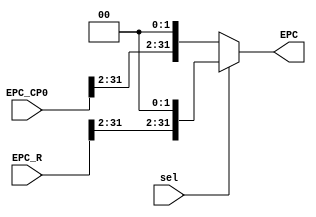
`timescale 1ns / 1ps
//////////////////////////////////////////////////////////////////////////////////
// Company: 
// Engineer: 
// 
// Design Name: 
// Module Name:    MFEPCM 
// Project Name: 
// Target Devices: 
// Tool versions: 
// Description: 
//
// Dependencies: 
//
// Revision: 
// Revision 0.01 - File Created
// Additional Comments: 
//
//////////////////////////////////////////////////////////////////////////////////
module MFEPCM(
    input [31:0] EPC_CP0,
    input [31:0] EPC_R,
    input sel,
    output [31:0] EPC
    );
	assign EPC=sel?{EPC_R[31:2],2'b00}:{EPC_CP0[31:2],2'b00};

endmodule